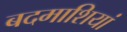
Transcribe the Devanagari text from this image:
बदमाशियां